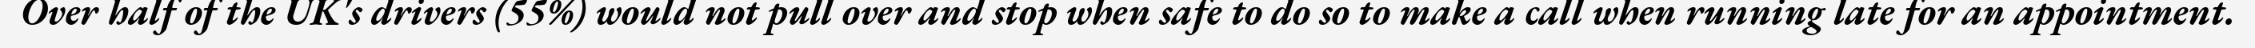
Over half of the UK's drivers (55%) would not pull over and stop when safe to do so to make a call when running late for an appointment.